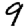
Digit: 9